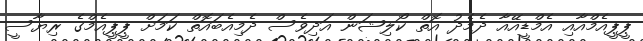
ޕީޕީއެމްއާއި އެމްޑީއޭއާ ދެމެދު އޮތް ކޯލިޝަން އަދިވެސް ދެމިއެބައޮތް ކަމަށް ޕީޕީއެމްގެ ރިޔާސީ